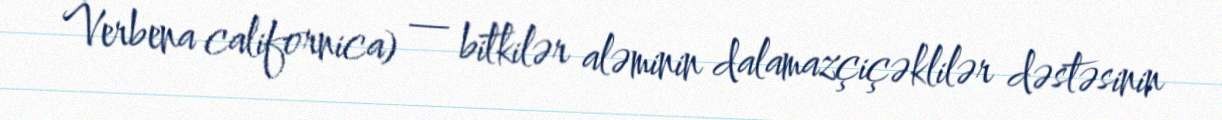
Verbena californica) — bitkilər aləminin dalamazçiçəklilər dəstəsinin